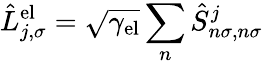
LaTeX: \hat{L}_{j,\sigma}^{\mathrm{el}}=\sqrt{\gamma_{\mathrm{el}}}\sum_{n}\hat{S}_{n\sigma,n\sigma}^{j}